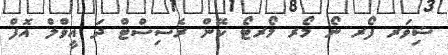
ޝިވަރ ފޯރ ނޯ މޯރ މޯރޓޯ ކޭން ރެސިސްޓް ދަ އީވްލް އޮފް